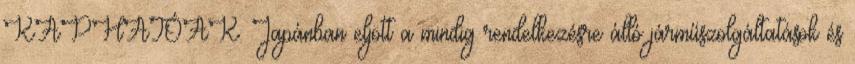
KAPHATÓAK. Japánban eljött a mindig rendelkezésre álló járműszolgáltatások és